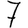
Digit: 7